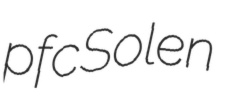
pfc Solen